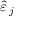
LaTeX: { \widehat { \varepsilon \, } } _ { j }